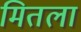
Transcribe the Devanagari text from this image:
मितला